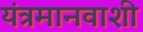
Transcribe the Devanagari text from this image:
यंत्रमानवाशी